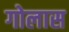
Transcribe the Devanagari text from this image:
गोलास